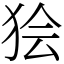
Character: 狯